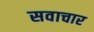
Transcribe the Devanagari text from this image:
सवाचार